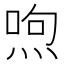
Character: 喣